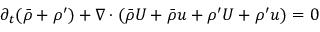
\begin{array} { r } { \partial _ { t } ( \Bar { \rho } + \rho ^ { \prime } ) + \nabla \cdot ( \Bar { \rho } U + \Bar { \rho } u + \rho ^ { \prime } U + \rho ^ { \prime } u ) = 0 } \end{array}